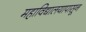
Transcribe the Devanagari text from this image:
महाविद्यालयापासून